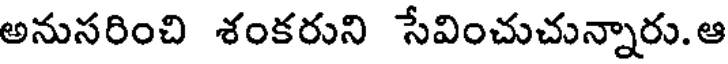
అనుసరించి శంకరుని సేవించుచున్నారు. ఆ